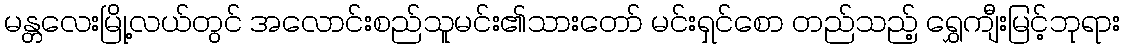
မန္တလေးမြို့လယ်တွင် အလောင်းစည်သူမင်း၏သားတော် မင်းရှင်စော တည်သည့် ရွှေကျီးမြင့်ဘုရား